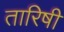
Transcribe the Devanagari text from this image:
तारिषी